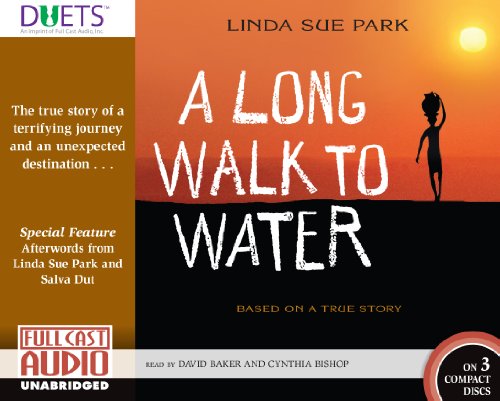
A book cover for Long Walk to Water; Linda Sue Park; Children's Books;